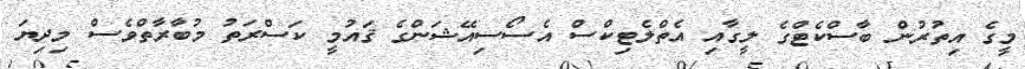
މީގެ އިތުރުން ބާސްކެޓްގެ ލީގާއި އެތްލެޓިކްސް އެސޯސިއޭޝަންގެ ޤައުމީ ކަސްރަތު މުބާރާތްވެސް މިދިޔަ